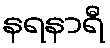
နရနာရီ